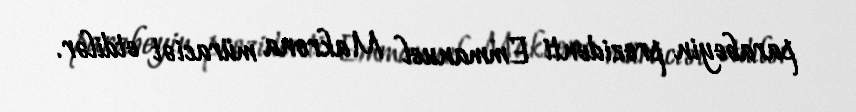
parabeyin prezidenti Emmanuel Makrona müraciət etdilər.